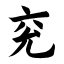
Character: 兖